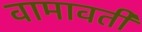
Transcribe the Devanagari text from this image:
वामावती